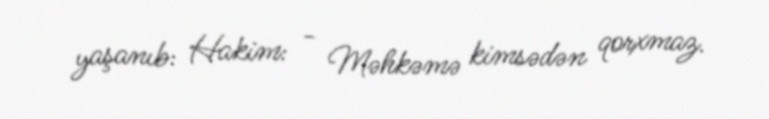
yaşanıb: Hakim: - Məhkəmə kimsədən qorxmaz.